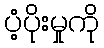
ပံ့ပိုးမှုကို